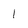
Character: 1